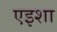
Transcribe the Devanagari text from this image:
एइशा